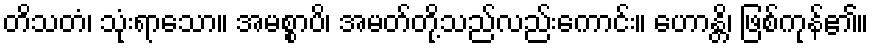
တိသတံ၊ သုံးရာသော။ အမစ္စာပိ၊ အမတ်တို့သည်လည်းကောင်း။ ဟောန္တိ၊ ဖြစ်ကုန်၏။